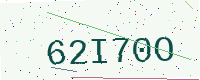
Text: 62I70O